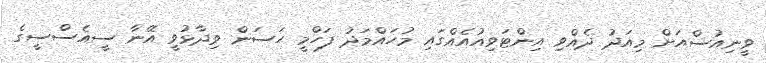
ވީނިއުސްއަށް މިއަދު ދެއްވި އިންޓަވިއުއެއްގައި މުހައްމަދު ފަހްމީ ހަސަން ވިދާޅުވީ އޭނާ ސީއެސްސީގެ